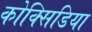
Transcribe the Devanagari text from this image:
कोक्सिडिया